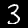
Digit: 3